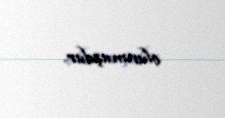
olunmuşdur.